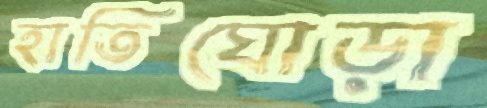
হাতিঘোড়া